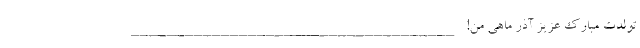
تولدت مبارک عزیز آذر ماهی من! ____________________________________